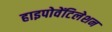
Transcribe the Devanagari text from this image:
हाइपोवेंटिलेशन